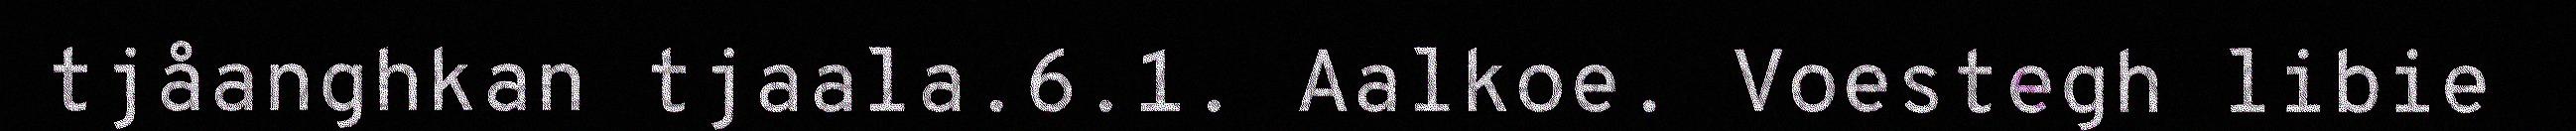
tjåanghkan tjaala.6.1. Aalkoe. Voestegh libie